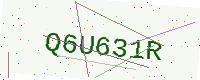
Text: Q6U631R